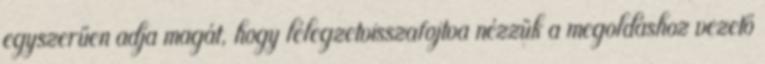
egyszerűen adja magát, hogy lélegzetvisszafojtva nézzük a megoldáshoz vezető